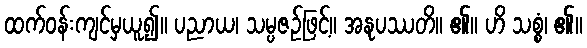
ထက်ဝန်းကျင်မှယူ၍။ ပညာယ၊ သမ္ပဇဉ်ဖြင့်။ အနုပဿတိ။ ၏။ ဟိ သစ္စံ၊ ၏။